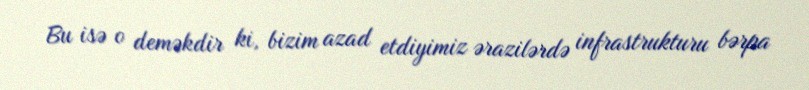
Bu isə o deməkdir ki, bizim azad etdiyimiz ərazilərdə infrastrukturu bərpa